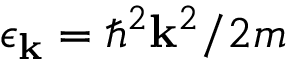
\epsilon _ { \mathbf { k } } = \hbar ^ { 2 } \mathbf { k } ^ { 2 } / 2 m